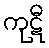
ကုဋီ